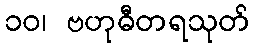
၁၀၊ ဗဟုဓီတရသုတ်